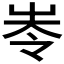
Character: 𡴒